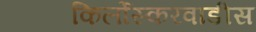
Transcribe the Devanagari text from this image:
किर्लोस्करवाडीस